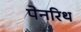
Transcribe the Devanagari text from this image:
पेनरिथ